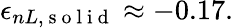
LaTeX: \epsilon_{nL,\mathrm{~s~o~l~i~d~}}\approx-0.17.